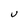
Character: U